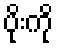
ပိုးကို